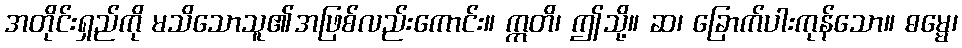
အတိုင်းရှည်ကို မသိသောသူ၏အဖြစ်လည်းကောင်း။ ဣတိ၊ ဤသို့။ ဆ၊ ခြောက်ပါးကုန်သော။ ဓမ္မေ၊